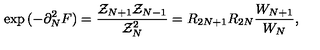
\exp { ( - \partial _ { N } ^ { 2 } F ) } = { \frac { { \cal Z } _ { N + 1 } { \cal Z } _ { N - 1 } } { { \cal Z } _ { N } ^ { 2 } } } = R _ { 2 N + 1 } R _ { 2 N } { \frac { W _ { N + 1 } } { W _ { N } } } ,